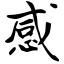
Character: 感